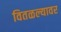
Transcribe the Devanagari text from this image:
वितळल्यावर